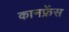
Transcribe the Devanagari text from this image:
कानफ्रेंस